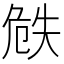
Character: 𠝰